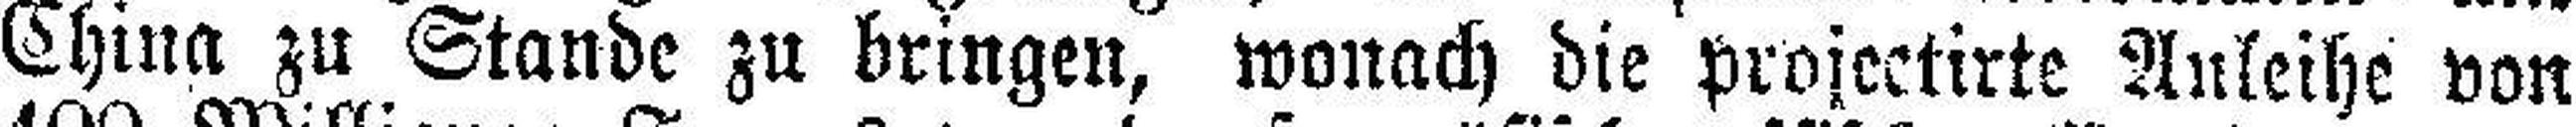
China zu Stande zu bringen, wonach die projectirte Anleihe von